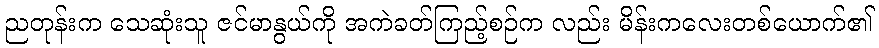
ညတုန်းက သေဆုံးသူ ဇင်မာနွယ်ကို အကဲခတ်ကြည့်စဉ်က လည်း မိန်းကလေးတစ်ယောက်၏